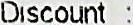
DISCOUNT :